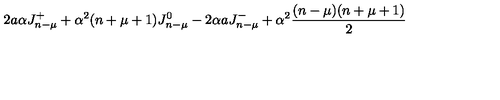
2 a \alpha J _ { n - \mu } ^ { + } + \alpha ^ { 2 } ( n + \mu + 1 ) J _ { n - \mu } ^ { 0 } - 2 \alpha a J _ { n - \mu } ^ { - } + \alpha ^ { 2 } { \frac { ( n - \mu ) ( n + \mu + 1 ) } { 2 } }